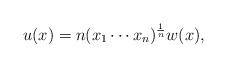
LaTeX: \begin{align*}u(x) = n(x_1\cdots x_n)^\frac{1}{n} w(x),\end{align*}